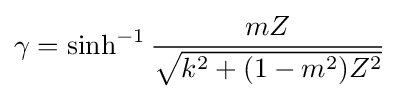
\gamma =\sinh ^{-1}{\frac {mZ}{\sqrt {k^{2}+(1-m^{2})Z^{2}}}}